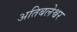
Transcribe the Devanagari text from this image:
अतिबलेश्वर